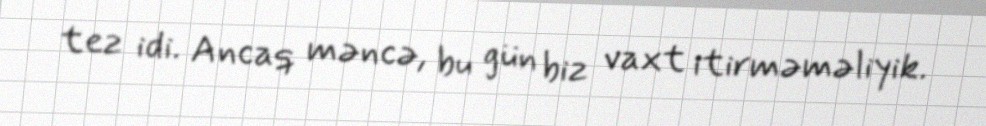
tez idi. Ancaq məncə, bu gün biz vaxt itirməməliyik.